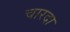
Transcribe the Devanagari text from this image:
चारदा